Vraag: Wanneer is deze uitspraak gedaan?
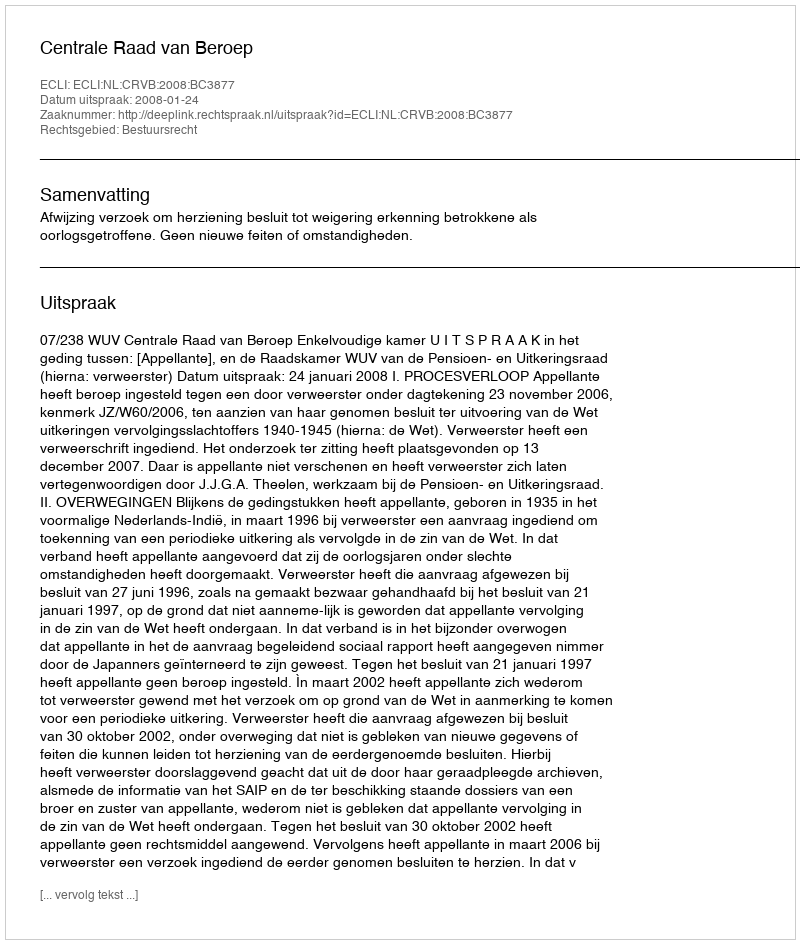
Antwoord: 2008-01-24